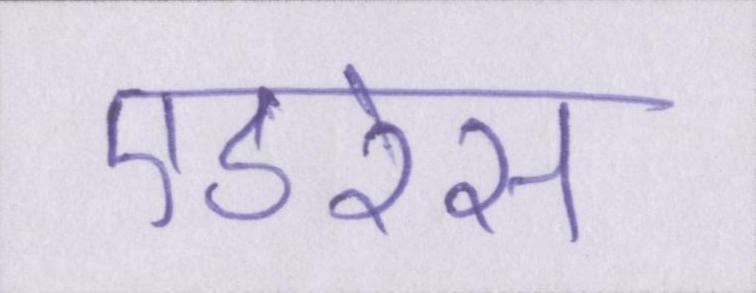
एडरेस